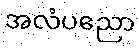
အလံပညော